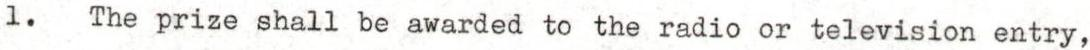
1. The prize shall be awarded to the radio or television entry,